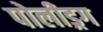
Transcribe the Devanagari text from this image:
पोलीड्रग